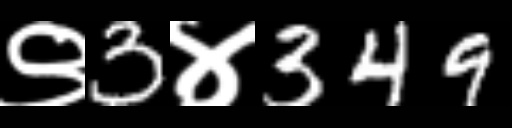
Text: ९3४349